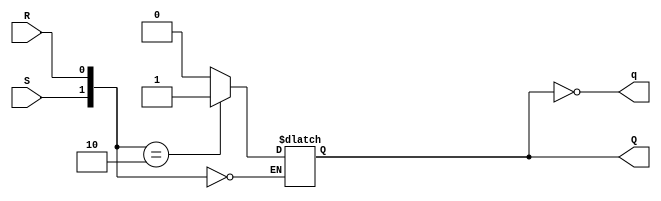
module SR_latch (
				input S,
				input R,
				output Q,
				output q
);
reg Q;
assign q=!Q;
always@(S or R)
	case ({S,R})
		2'b00: Q=Q;
		2'b01: Q=1'b0;
		2'b10: Q=1'b1;
		2'b11: Q=1'bx;
	endcase
endmodule